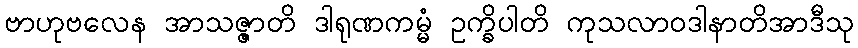
ဗာဟုဗလေန အာသဇ္ဇာတိ ဒါရုဏကမ္မံ ဥက္ခိပါတိ ကုသလာဝဒါနာတိအာဒီသု